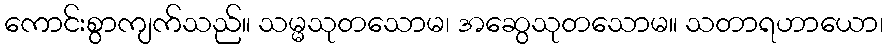
ကောင်းစွာကျက်သည်။ သမ္မသုတသောမ၊ အဆွေသုတသောမ။ သတာရဟာယော၊